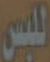
للبس